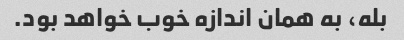
بله، به همان اندازه خوب خواهد بود.